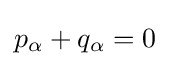
p_{\alpha }+q_{\alpha }=0